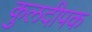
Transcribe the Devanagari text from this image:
कुलदीपक